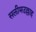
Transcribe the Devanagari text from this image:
सलीमउल्लाह